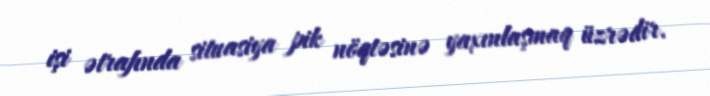
işi ətrafında situasiya pik nöqtəsinə yaxınlaşmaq üzrədir.